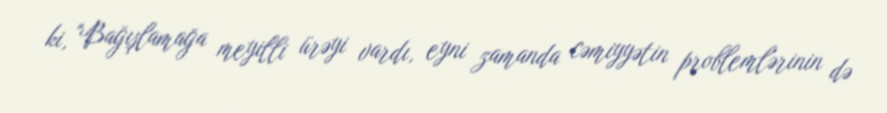
ki, "Bağışlamağa meyilli ürəyi vardı, eyni zamanda cəmiyyətin problemlərinin də